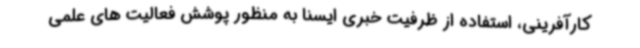
کارآفرینی، استفاده از ظرفیت خبری ایسنا به منظور پوشش فعالیت های علمی